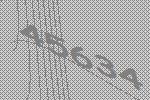
45634